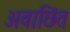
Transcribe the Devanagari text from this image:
अवाछिंत